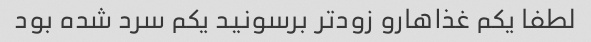
لطفا یکم غذاهارو زودتر برسونید یکم سرد شده بود